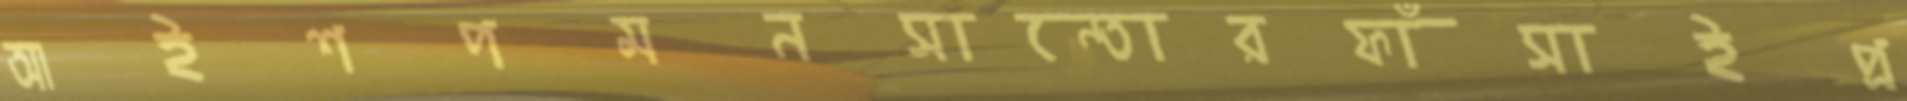
আইশপমনসান্তোরফাঁসাইপ্র